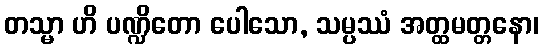
တသ္မာ ဟိ ပဏ္ဍိတော ပေါသော, သမ္ပဿံ အတ္ထမတ္တနော၊